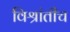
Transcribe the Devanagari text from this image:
विश्रांतीच